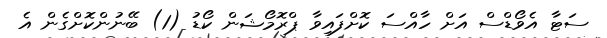
ސަޓާ އެވޯޑްސް އަށް ހާއްސަ ކޮށްފައިވާ ޕްރޮމޯޝަން ކޯޑު (1) ބޭނުންކޮށްގެން އެ